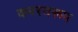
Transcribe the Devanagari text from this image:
करस्वरूप